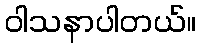
ဝါသနာပါတယ်။